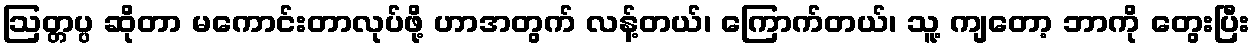
ဩတ္တပ္ပ ဆိုတာ မကောင်းတာလုပ်ဖို့ ဟာအတွက် လန့်တယ်၊ ကြောက်တယ်၊ သူ့ ကျတော့ ဘာကို တွေးပြီး